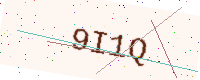
Text: 9I1Q